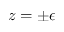
z = \pm \epsilon